Annual report on the lock hospitals of the Madras Presidency
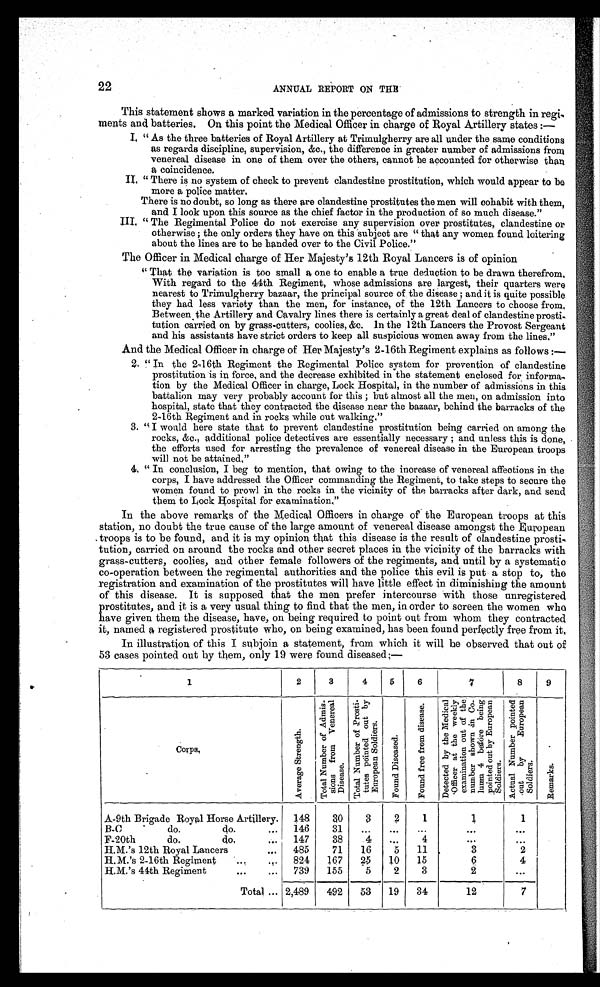
22
ANNUAL REPORT ON THE
This statement shows a marked variation in the percentage of admissions to strength in regi
-ments and batteries. On this point the Medical Officer in charge of Royal Artillery states:—
I. "As the three batteries of Royal Artillery at Trimulgherry are all under the same conditions
as regards discipline, supervision, &c., the difference in greater number of admissions from
venereal disease in one of them over the others, cannot be accounted for otherwise than
a coincidence.
II.
"There is no system of check to prevent clandestine prostitution, which would appear to be
more a police matter.
There is no doubt, so long as there are clandestine prostitutes the men will cohabit with them,
and I look upon this source as the chief factor in the production of so much disease."
III. "The Regimental Police do not exercise any supervision over prostitutes, clandestine or
otherwise; the only orders they have on this subject are "that any women found loitering
about the lines are to be handed over to the Civil Police."
The Officer in Medical charge of Her Majesty's 12th Royal Lancers is of opinion
"That the variation is too small a one to enable a true deduction to be drawn therefrom.
With regard to the 44th Regiment, whose admissions are largest, their quarters were
nearest to Trimulgherry bazaar, the principal source of the disease; and it is quite possible
they had. less variety than the men, for instance, of the 12th Lancers to choose from.
Between the Artillery and Cavalry lines there is certainly a great deal of clandestine prosti
-tution carried on by grass-cutters, coolies, &c. In the 12th Lancers the Provost Sergeant
and his assistants have strict orders to keep all suspicious women away from the lines."
And the Medical Officer in charge of Her Majesty's 2-16th Regiment explains as follows:—
2. "In the 2-16th Regiment the Regimental Police system for prevention of clandestine
prostitution is in force, and the decrease exhibited in the statement enclosed for informa-
tion by the Medical Officer in charge, Lock Hospital, in the number of admissions in this
battalion may very probably account for this; but almost all the men, on admission into
hospital, state that they contracted the disease near the bazaar, behind the barracks of the
2-16th Regiment and in rocks while out walking."
3. "I would here state that to prevent clandestine prostitution being carried on among the
rocks, &c., additional police detectives are essentially necessary; and unless this is done,
the efforts used for arresting the prevalence of venereal disease in the European troops
will not be attained."
4. "In conclusion, I beg to mention, that owing to the increase of venereal affections in the
corps, I have addressed the Officer commanding the Regiment, to take steps to secure the
women found to prowl in the rocks in the vicinity of the barracks after dark, and send
them to Lock Hospital for examination."
In the above remarks of the Medical Officers in charge of the European troops at this
station, no doubt the true cause of the large amount of venereal disease amongst the European
troops is to be found, and it is my opinion that this disease is the result of clandestine prosti-
tution, carried on around the rocks and other secret places in the vicinity of the barracks with
grass-cutters, coolies, and other female followers of the regiments, ands until by a systematic
co-operation between the regimental authorities and the police this evil is put a stop to, the
registration and examination of the prostitutes will have little effect in diminishing the amount
of this disease. It is supposed that the men prefer intercourse with those unregistered
prostitutes, and it is a very usual thing to find that the men, in order to screen the women who
have given them the disease, have, on being required to point out from whom they contracted
it, named a registered prostitute who, on being examined, has been found perfectly free from it.
In illustration of this I subjoin a statement, from which it will be observed that out of
53 cases pointed out by them, only 19 were found diseased:—
1
2
3
4
5
6
7
8
9
C o r p s .
A v e r a g e S t r e n g t h .
T o t a l N u m b e r o f A d m i s - s i o n s f r o m V e n e r e a l D i s e a s e s .
T o t a l N u m b e r o f P r o s t i - t u t e s p o i n t e d o u t b y E u r o p e a n S o l d i e r s .
F o u n d D i s e a s e d .
F o u n d f r e e f r o m d i s e a s e s . D e t e c t e d b y t h e M e d i c a l O f f i c e r a t t h e w e e k l y e x a m i n a t i o n o u t o f t h e n u m b e r s h o w n i n C o - l u n m 4 b e f o r e b e i n g p o i n t e d o u t b y E u r o p e a n S o l d i e r s .
A c t u a l N u m b e r p o i n t e d o u t b y E u r o p e a n S o l d i e r s .
R e m a r k s .
A-9th Brigade Royal Horse Artillery.
148
30
3
2
1
1
1
B-C
do.
do.
...
146
31
...
...
...
. . .
.. .
F-20th
do.
do.
147
38
4
...
4
. . .
. . .
H.M.'s 12th Royal Lancers
...
485
71
16
5
11
3
2
H. M.'s 2-16th Regiment
..,
.,.
824
167
25
10
15
6
4
H.M.'s 44th Regiment
...
...
739
155
5
2
3
2
. . .
Total ... 2,489
492
53
19
34
12
7